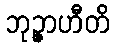
ဘုဉ္ဇာဟီတိ